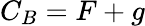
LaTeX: C_{B}=F+g